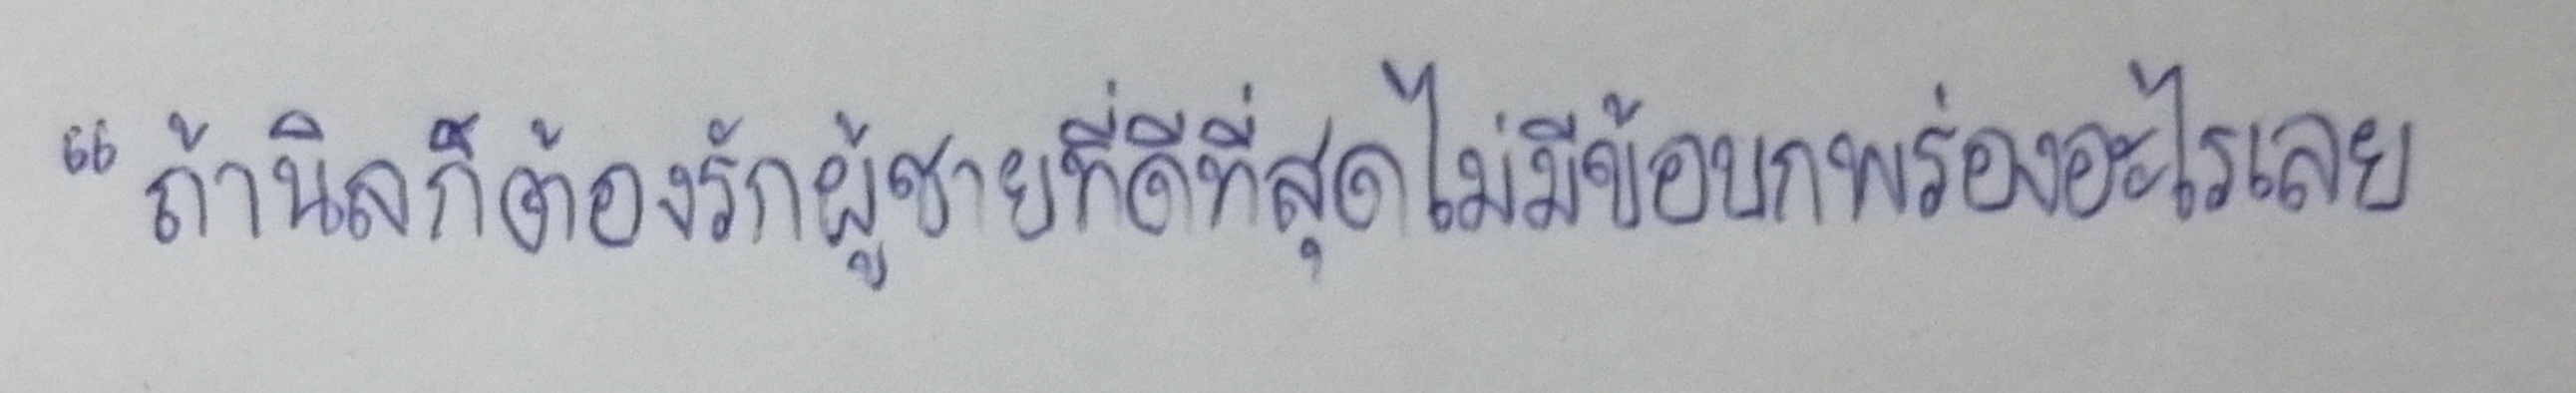
"ถ้านิลก็ต้องรักผู้ชายที่ดีที่สุดไม่มีข้อบกพร่องอะไรเลย